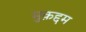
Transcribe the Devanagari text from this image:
मुक़द्दम